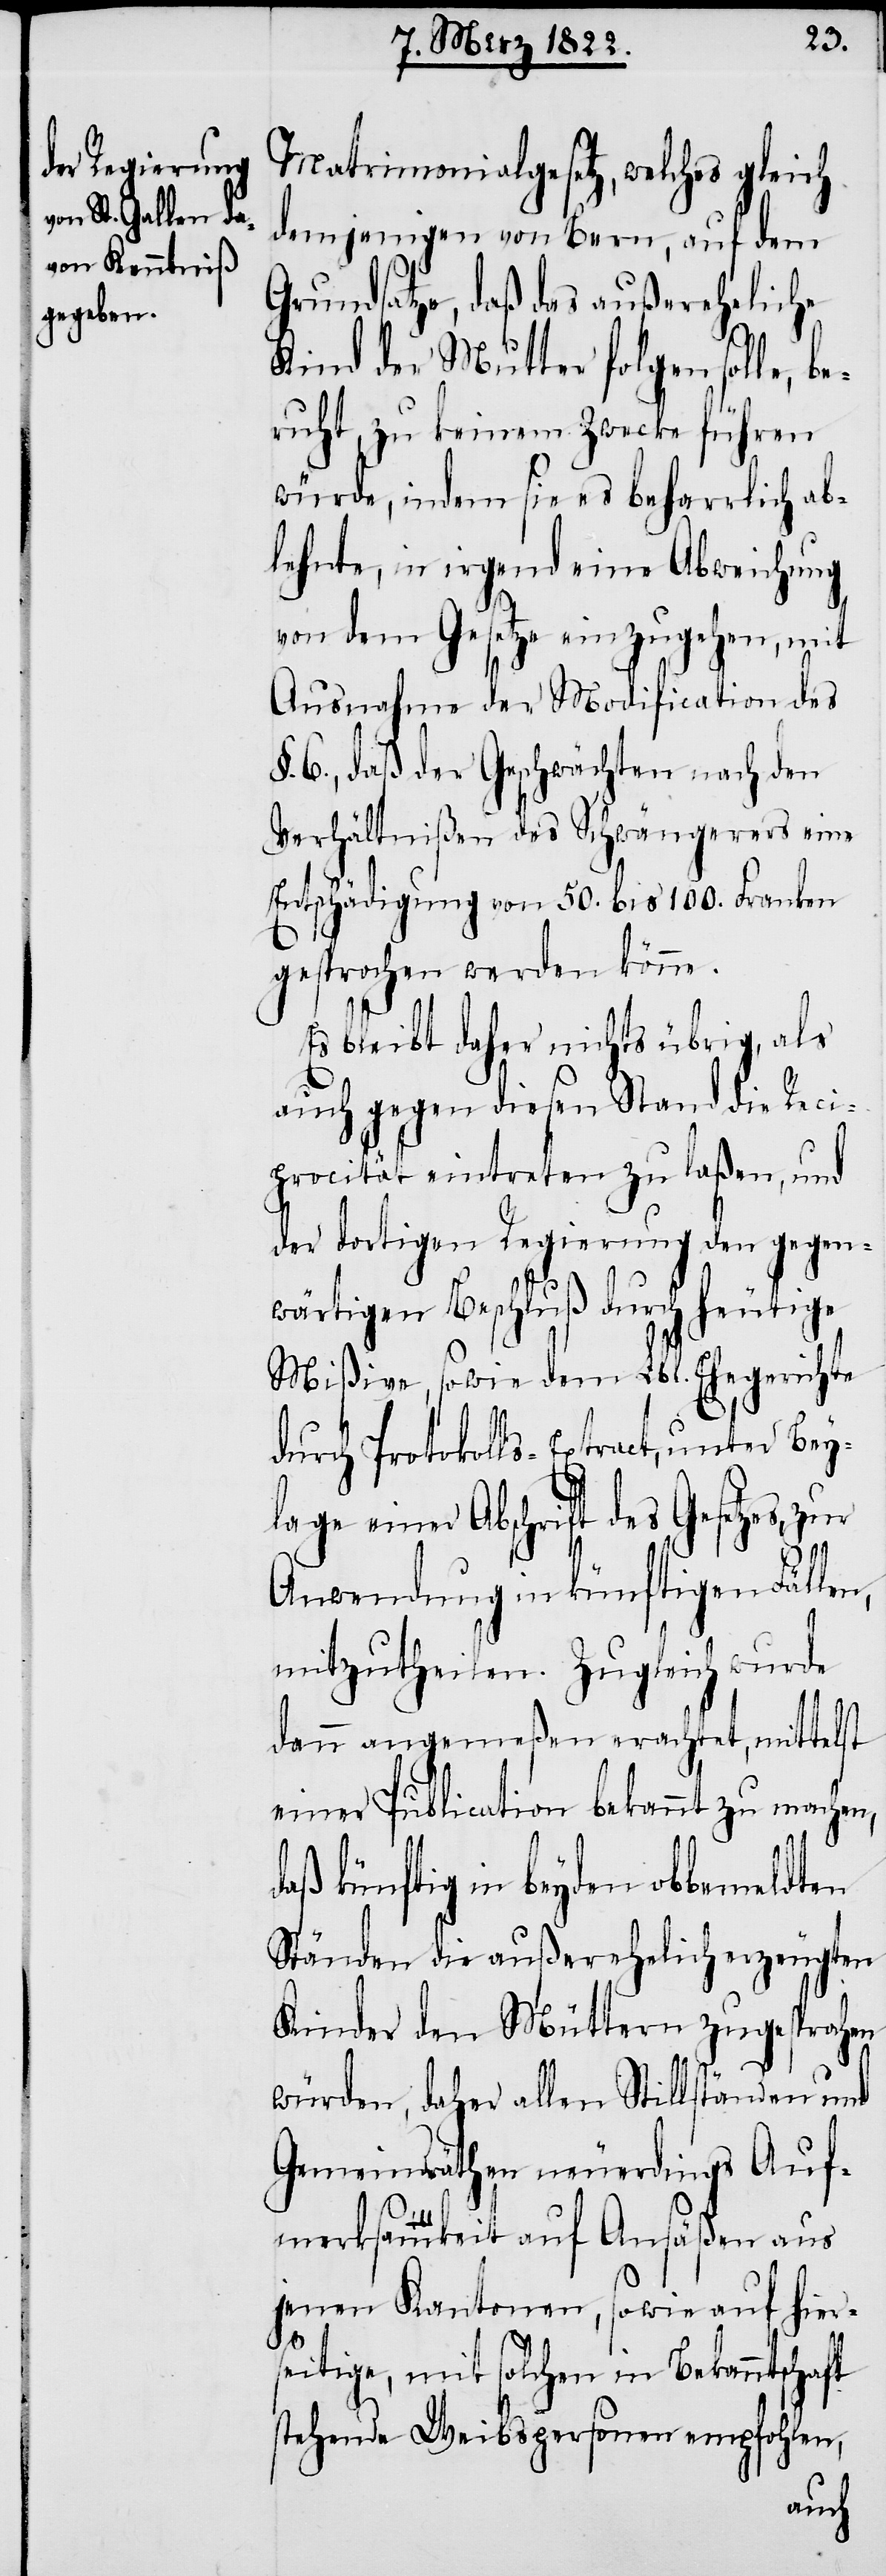
ft
Matrimonialgesetz, welches gleich
demjenigen von Bern, auf dem
Grundsatze, daß das außereheliche
Kind der Mutter folgen solle, be¬
ruht, zu keinem Zwecke führen
würde, indem sie es beharrlich ab¬
lehnte, in irgend eine Abweichung
von dem Gesetze einzugehen, mit
Ausnahme der Modification des
§. 6., daß der Geschwächten nach den
Verhältnißen des Schwängerers eine
Entschädigung von 50. bis 100. Franken
gesprochen werden könne.
Es bleibt daher nichts übrig, als
auch gegen diesen Stand die Reci¬
procität eintreten zu laßen, und
der dortigen Regierung den gegen¬
wärtigen Beschluß durch heutige
Mißive, sowie dem Lbl. Ehegericht
durch Protokolls-Extract, unter Bey¬
lage einer Abschrift des Gesetzes,
Anwendung in künftigen Fällen,
mitzutheilen. Zugleich wurde
dann angemeßen erachtet, mittelst
einer Publication bekannt zu machen,
aß künftig in beyden obbemeldten
Ständen die außerehelich erzeugten
Kinder den Müttern zugesprochen
würden, daher allen Stillständen und
Gemeindräthen neuerdings Auf¬
merksamkeit auf Ansäßen aus
jenen Kantonen, sowie auf hier¬
seitige, mit solchen in Bekanntscha¬
stehende Weibspersonen empfohlen,